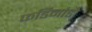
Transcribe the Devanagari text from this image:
फर्डिनांडो